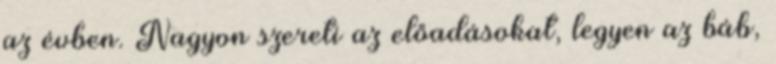
az évben. Nagyon szereti az előadásokat, legyen az báb,